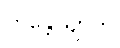
ကန္တေယျာတိ